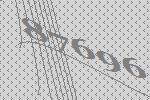
87696